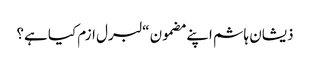
ذیشان ہاشم اپنے مضمون “لبرل ازم کیا ہے؟